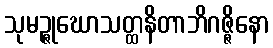
သုမဉ္ဇုဃောသတ္ထနိတာဘိဂဇ္ဇိနော